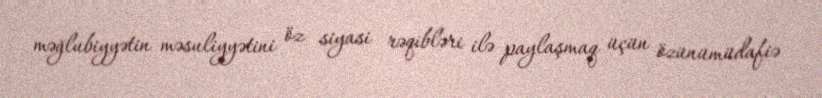
məğlubiyyətin məsuliyyətini öz siyasi rəqibləri ilə paylaşmaq üçün özünümüdafiə